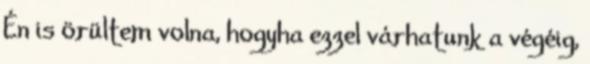
Én is örültem volna, hogyha ezzel várhatunk a végéig,